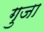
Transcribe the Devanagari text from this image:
गुजा